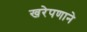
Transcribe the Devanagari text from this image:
खरेपणाने